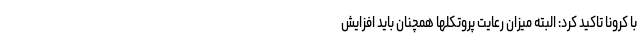
با کرونا تاکید کرد: البته میزان رعایت پروتکلها همچنان باید افزایش